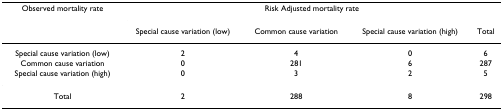
<table><thead><tr><td><b>Observed mortality rate</b></td><td colspan="4"><b>Risk Adjusted mortality rate</b></td></tr><tr><td></td><td><b>Special cause variation (low)</b></td><td><b>Common cause variation</b></td><td><b>Special cause variation (high)</b></td><td><b>Total</b></td></tr></thead><tbody><tr><td>Special cause variation (low)</td><td>2</td><td>4</td><td>0</td><td>6</td></tr><tr><td>Common cause variation</td><td>0</td><td>281</td><td>6</td><td>287</td></tr><tr><td>Special cause variation (high)</td><td>0</td><td>3</td><td>2</td><td>5</td></tr><tr><td>Total</td><td>2</td><td>288</td><td>8</td><td>298</td></tr></tbody></table>